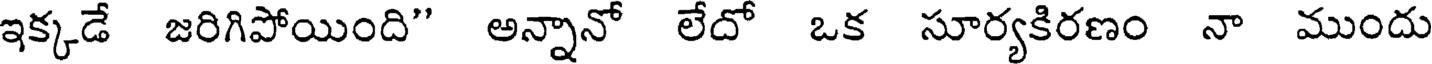
ఇక్కడే జరిగిపోయింది" అన్నానో లేదో ఒక సూర్యకిరణం నా ముందు